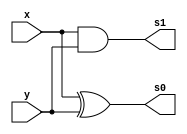
// Guia 04 - Capitulo 3
// Nome: Karen Alves Pereira
// Data: 03/03/2011
//------------------------------------
// -- Soma-completa com duas meia-soma 
//-------------------------------------

 module meiasoma(s0, s1,x, y);    //--criando entradas e saidas
 output s0, s1;                  //--definindo saidas
 input x, y;                     //--definindo entradas

 xor XOR1(s0, x, y);
 and AND1(s1, x, y);
 
 endmodule
 
 module somacompleta(s0, s1, x, y, v1);
 output s0, s1;
 input x, y, v1;
 wire s4, s5, s2;
 
 meiasoma HA1(s2, s4, x, y);
 meiasoma HA2(s0, s5, s2, v1);
 or OR1(s1,s5,s4);
 
 endmodule
 
 //--------------------------------
 //-- Teste Soma-completa
 //--------------------------------
 
 module testsoma;              // --criando modulo teste
 reg x, y, v1;                 //-- valores definidos (registradores)
 wire s0,s1;                   //-- valor alternado de acordo com a operacao
 
 somacompleta SO(s0, s1, x, y, v1);         //-- chamando o modulo
 
 initial begin
 		$display("Guia 04 - Karen Alves Pereira - 407451");             //-- imprimindo na tela
		$display("Operador de soma-completa");
		$display("\nx y v1 s s1");
		$monitor("%b %b %b  %b  %b", x, y, v1, s0, s1);
		x=0; y=0; v1=0;         //-- fornecendo valores
 #1   x=0; y=0; v1=1;
 #1   x=0; y=1; v1=0;
 #1   x=0; y=1; v1=1;
 #1   x=1; y=0; v1=0;
 #1   x=1; y=0; v1=1;
 #1   x=1; y=1; v1=0;
 #1   x=1; y=1; v1=1; 
 end                    //-- fim begin
 endmodule     //-- fim modulo testsoma